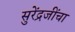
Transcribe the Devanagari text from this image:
सुरेंद्रजींचा